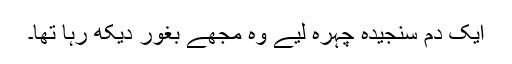
ایک دم سنجیدہ چہرہ لیے وہ مجھے بغور دیکھ رہا تھا۔